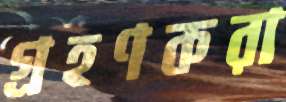
গ্রহণকরা